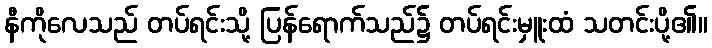
နီကိုလေသည် တပ်ရင်းသို့ ပြန်ရောက်သည်၌ တပ်ရင်းမှူးထံ သတင်းပို့၏။